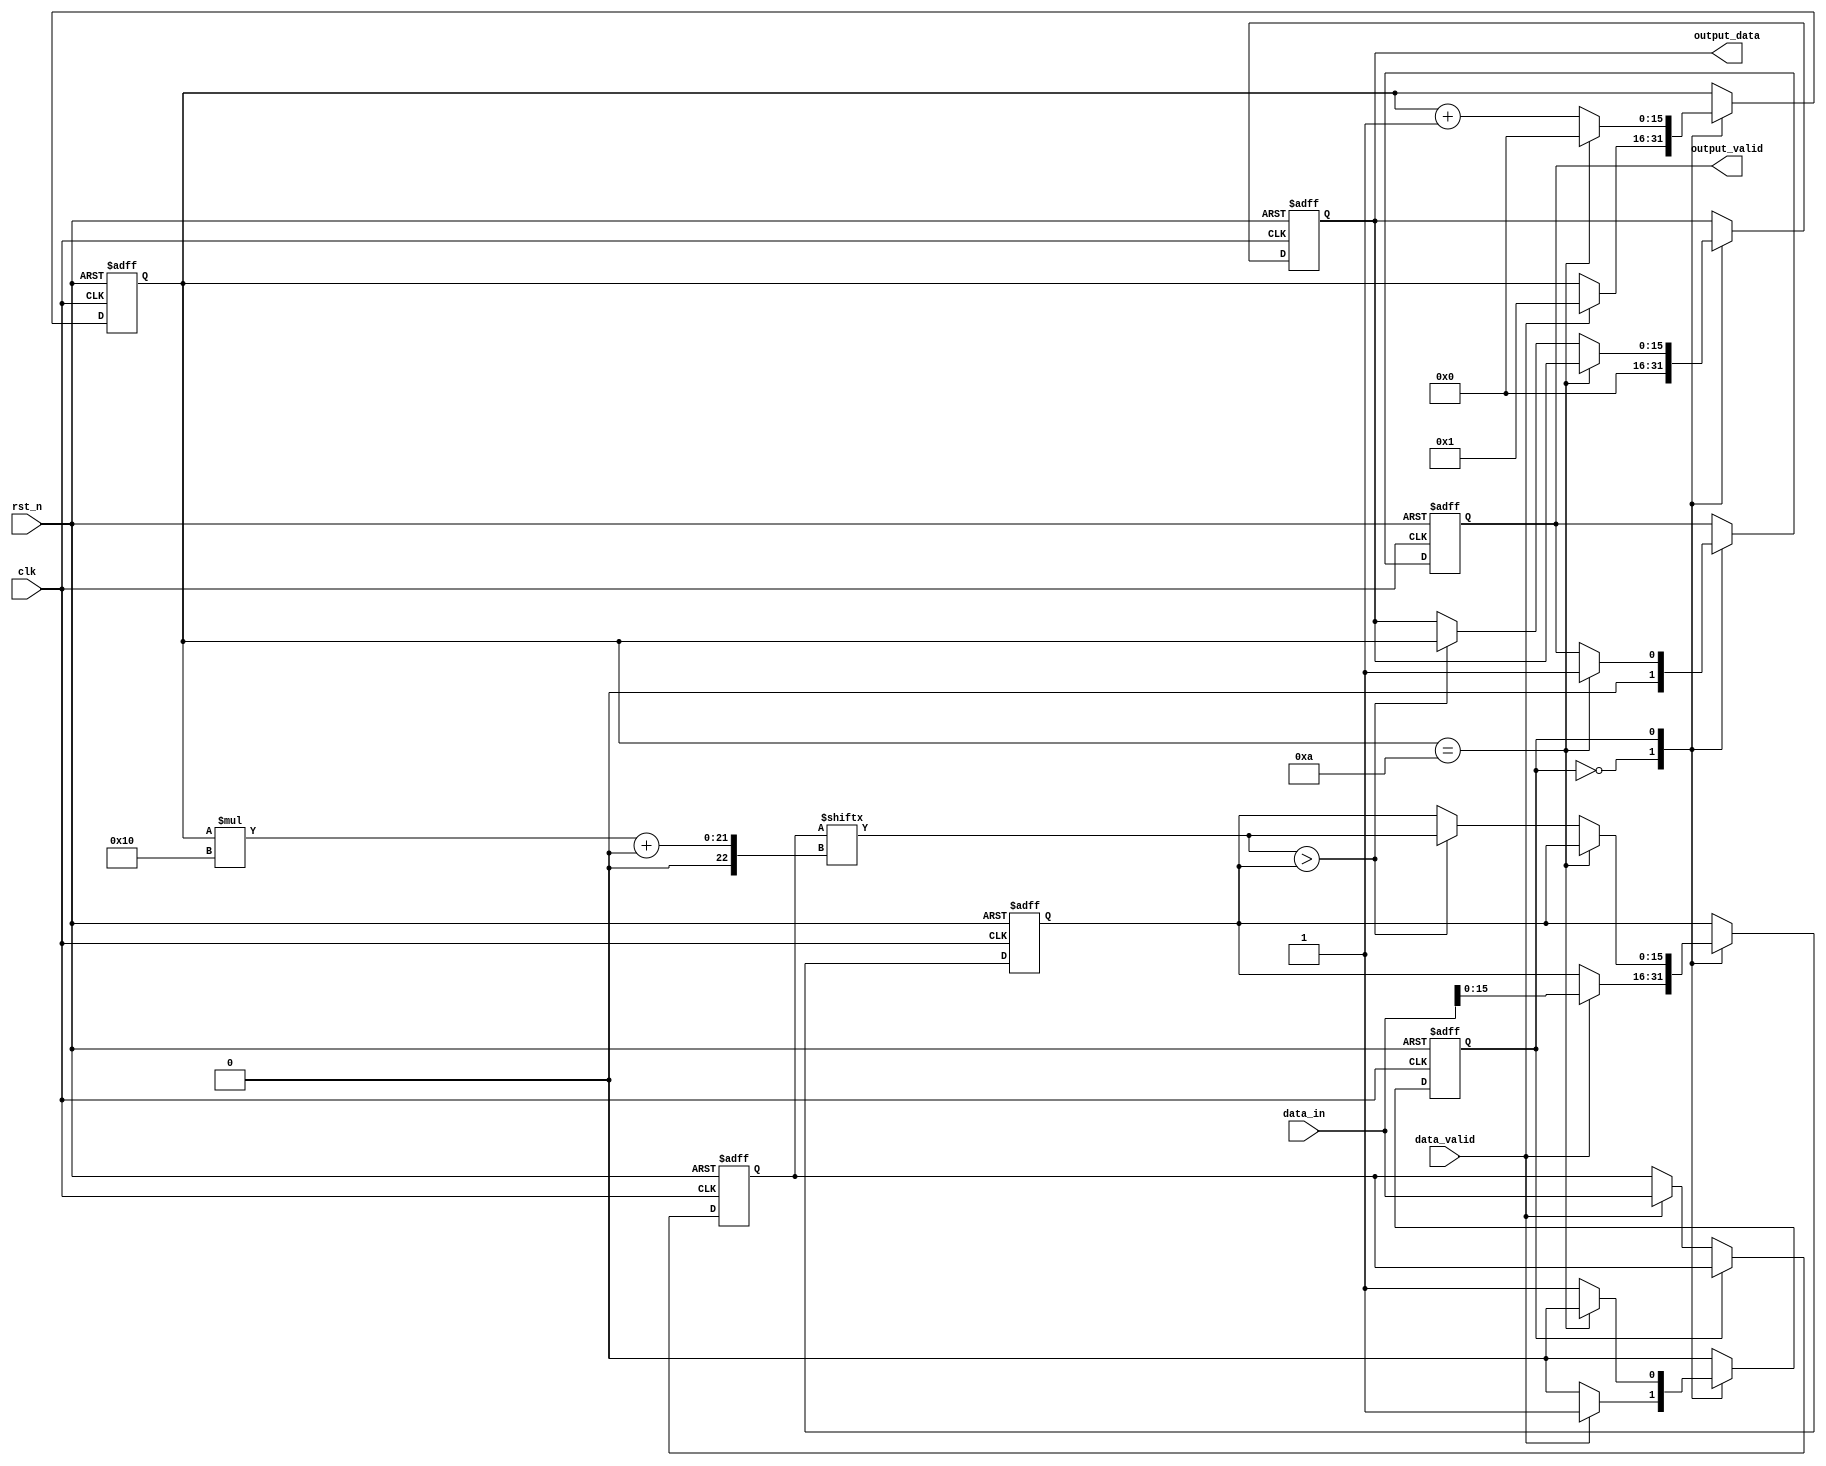
module maxfinder
#(
    parameter       INPUT_NUM   =   10   ,
                    DATA_WIDTH  =   16   
)             
(
    input           clk         ,
    input           rst_n       ,
    input   [INPUT_NUM*DATA_WIDTH-1:0]  data_in     ,
    input                               data_valid  ,
    output  reg   [DATA_WIDTH-1:0]  output_data     ,
    output  reg                     output_valid        );

localparam  IDLE   =  1'b0,
            JUDGE  =  1'b1;

reg  state                       ;
reg  [DATA_WIDTH-1:0]   max      ;   // 
reg  [INPUT_NUM*DATA_WIDTH-1:0]  data_in_reg    ;   // 
reg  [15:0]     cnt;   

always @(posedge clk or negedge rst_n) begin
    if(~rst_n) begin
        max <= 0;
        data_in_reg  <= 0;
        cnt <= 16'd0;
        state <= IDLE;
        output_data <= 0;
        output_valid <= 1'b0;
    end
    else begin
        case(state)
            IDLE: begin
                output_valid <= 1'b0;
                output_data <= 0;
                if(data_valid) begin
                    max <= data_in[DATA_WIDTH-1:0];
                    data_in_reg <= data_in;
                    cnt <= 16'd1;
                    state <= JUDGE;
                end 
            end
            JUDGE :begin
                cnt <= cnt + 1'b1   ;
                if (cnt == INPUT_NUM) begin
                    cnt <= 1'b0;
                    output_valid <= 1'b1;
                    state <= IDLE;
                end
                else if (data_in_reg[cnt*DATA_WIDTH+:DATA_WIDTH] > max)
                    begin
                        output_data <= cnt ;
                        max <= data_in_reg[cnt*DATA_WIDTH+:DATA_WIDTH];
                    end
            end
        endcase
    end
end


endmodule